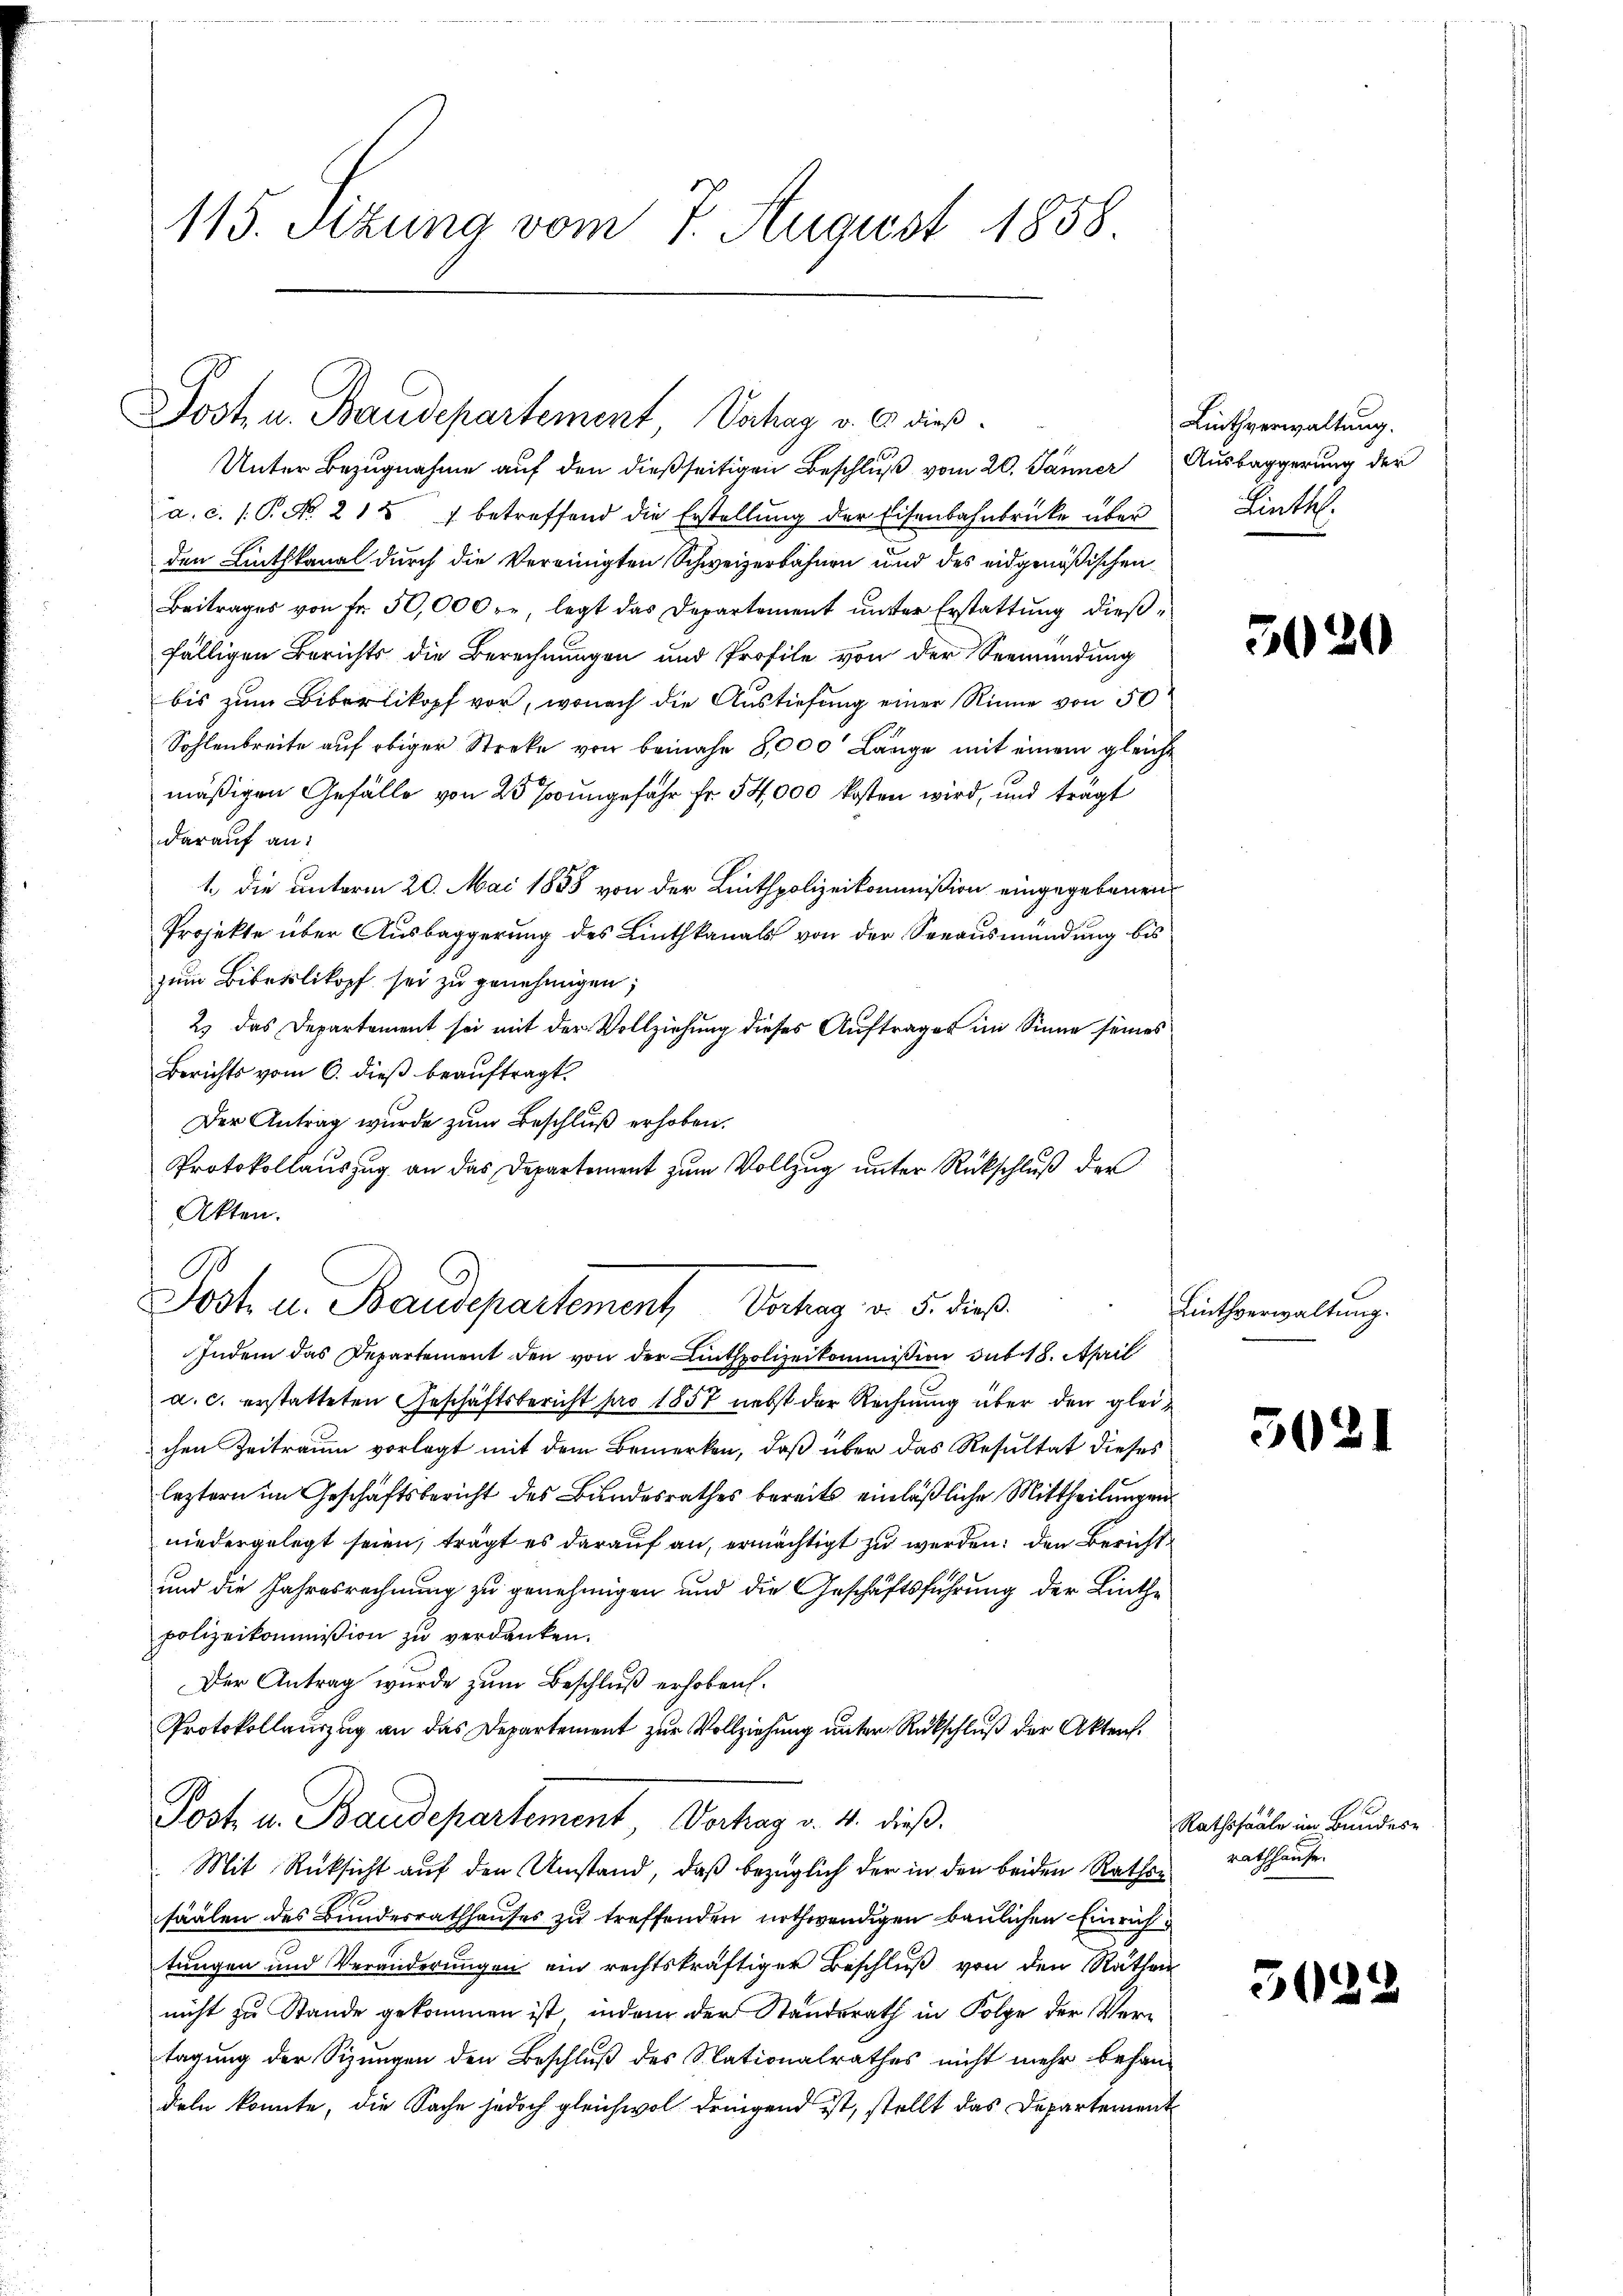
113. Sitzung vom 7. August 1858.

Jost u. Baudepartement Vntrag v. 6. dieß.

Unter Bezugnahme auf den dießseitigen Beschluß vom 20. Jänner Ausbaggerung der
a. c. 1 P. No. 2121 betreffend die Erstellung der Eisenbahnbrücke über
den Linthkanal durch die Vereinigten Schweizerbahnen und des eidgenößischen
Beitrages von fr. 50,000 r. legt das Departement ŭnter Erstattŭng dieβ-
fälligen Berichts die Berechnungen und Profile von der Vermundung
bis zum Biberlikopf vor, wonach die Austiefung einer Rinne von 50
Sohlenbreite auf obiger Streke von beinahe 8,000' Länge mit einem gleiche
mäßigen Gefälle von 25 Jungefähr fr. 54,000 kosten wird, und trägt
darauf an:
1. die unterm 20. Mai 1888 von der Linthpolizeikommißion eingegebenen
Projekte über Ausbaggerung des Linthkanals von der Serausmündung bis
zum Biberlikopf sei zu genehmigen;
2) das Departement sei mit der Vollziehung dieses Auftrages im Sinne seines
Berichts vom 6. dieß beauftragt.
Der Antrag wurde zum Beschluß erhoben.
Protokollauszug an das Departement zum Vollzug unter Rückschluß der
Akten.

.
Jost u. Staudepartement Vorhag v. 5. dieß.
Indem das Departement den von der Linthpolizeikommission des 18. April

a. c. erstatteten Geschäftsbericht pro 1857 nebst der Rechnung über den gleichen Zeitraum vorlegt mit dem Bemerken, daß über das Resultat dieses
leztern im Geschäftsbericht des Bundesrathes bereits einläßliche Mittheilungen
niedergelegt seien, trägt es darauf an, ermächtigt zu werden; den Bericht
und die Jahresrechnung zu genehmigen und die Geschäftsführung der Linthe
polizeikommission zu verdanken.
Der Antrag wurde zum Beschluß erhoben.
Protokollauszug an das Departement zur Vollziehung unter Rückschluß der Aktraf¬
Post u. Baudepartement Vorkag v. 4. dieß.
 Mit Rücksicht auf den Umstand, daß bezüglich der in den beiden Rathen
säälen des Bundesrathhauses zu treffenden nothwendigen baulichen Einrichtungen und Veränderungen ein rechtskräftiger Beschluß von den Räthen
nicht zu Stande gekommen ist, indem der Standsrath in Folge der Vertagung der Sizungen den Beschluß des Nationalrathes nicht mehr behan-
deln konnte, die Sache jedoch gleichwol dringend ist, stellt das Departement

Linthverwaltung.
Links

5020

Linthverwaltung.

502)

Rathssaale im Bundes
rathhause.

505